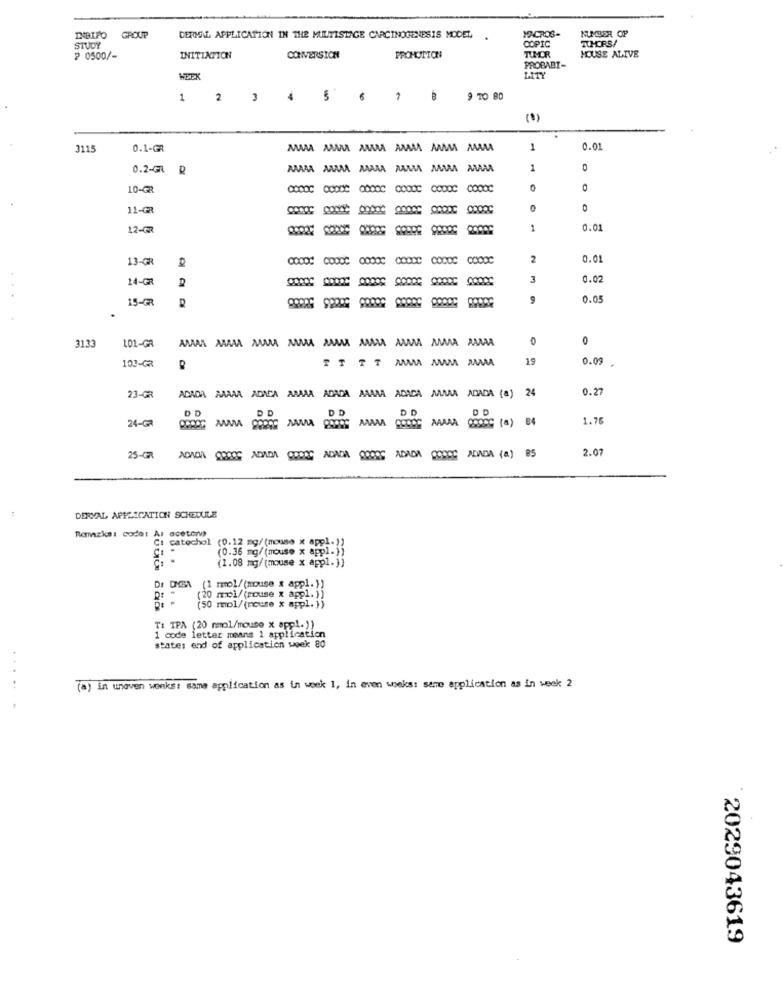
MACROS-
NUMBER OF
INBIFO
GROUP
DERMAL APPLICATION IN THE MULTISTAGE CARCINOGENESIS MODEL
COPIC
ICHCRS/
STUDY
TUMOR
₽ 0500/-
INITIATION
CONVERSICH
PROMOTION
HOUSE ALIVE
PROBABI-
WEEK
LITY
1
2 3 4 5 6
B
9 70 80
0.1-GR
MAMA MAMA MAMMA AMAAA AAMAMA AAAAA
1
0.01
0.2-GR ₽
1
0
10-GR
11-GR
12-G
1
0.01
13-GR
2
0.01
14-G
3
0.02
15-FR
S
0.05
3133
102-GR
AMAR MAMA MAMA MAMAMIA MAMMA MMMIA AMMMA MMMAA AAAAA
0
0
103-GR
TT TT MMA MMMM MMMMA
19
0.09
ADADA AAAAA ADADA AAAAA ADADA AAAAA ADACA MMA ADADA (a) 24
0.27
23-GR
DD
DD
24-Ga
PO AAAAA
DO
COOOG AAAAA CODCC (a) B4
1.76
2.07
25-GR
ADADA CROCE ADADA CODEC ADADA 000OS ADADA CODCC ADADA (a) 85
DERVAL APPLICATION SCHEDULE
Romazka: code: As acetona
Ci catechol
(0.12 mg/ (mouse x apel-1)
(0.36 mg/(nouse x appl-))
(1.08 mg/(mouse x appl.))
(1 mmol/ (mouse & appl. ))
(20 mol/ (mouse x appl. ))
(50 mmol/(ncure x appl. ))
TI IPA (20 mmol/mouse x appl.))
1 code letter means 1 application
states end of application week 80
.....
(a) in unaven weeks: same application as in week 1, in even weeks: same application as in week 2
2029043619